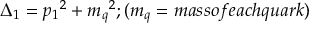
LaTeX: \Delta _ { 1 } = { p _ { 1 } } ^ { 2 } + { m _ { q } } ^ { 2 } ; ( m _ { q } = m a s s o f e a c h q u a r k )